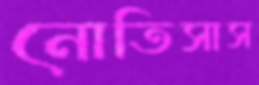
নোতিসাস